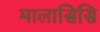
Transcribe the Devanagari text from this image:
मालासिसि